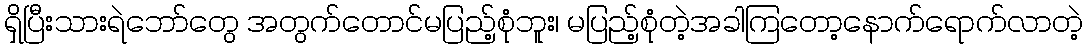
ရှိပြီးသားရဲဘော်တွေ အတွက်တောင်မပြည့်စုံဘူး၊ မပြည့်စုံတဲ့အခါကြတော့နောက်ရောက်လာတဲ့